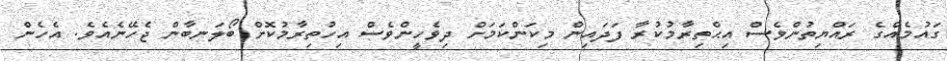
ގައުމެއްގެ ރައްޔިތުންވެސް އިޙްތިރާމުކުރާ ފަދައިން މިކަންކަމަށް ދިވެހީންވެސް އިހުތިރާމުކޮށް ބޯލަނބާން ޖެހޭނެއެވެ. އެހެން